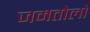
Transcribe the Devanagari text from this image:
जमतोलो